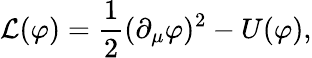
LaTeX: \mathcal{L}(\varphi)={\frac{1}{2}}({\partial_{\mu}\varphi})^{2}-U(\varphi),